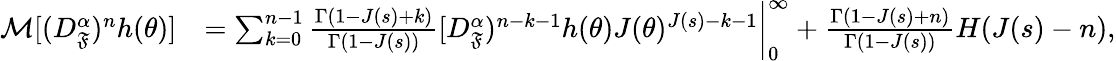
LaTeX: \begin{array}{rl}{\mathcal{M}[(D_{\mathfrak{F}}^{\alpha})^{n}h(\theta)]}&{=\sum_{k=0}^{n-1}\frac{\Gamma(1-J(s)+k)}{\Gamma(1-J(s))}[D_{\mathfrak{F}}^{\alpha})^{n-k-1}h(\theta)J(\theta)^{J(s)-k-1}\bigg|_{0}^{\infty}+\frac{\Gamma(1-J(s)+n)}{\Gamma(1-J(s))}H(J(s)-n),}\end{array}